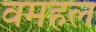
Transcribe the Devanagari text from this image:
वमहल